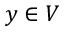
y \in V